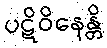
ပဋိဝိနေန္တိ